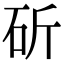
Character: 斫